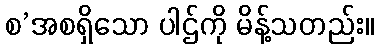
စ’အစရှိသော ပါဌ်ကို မိန့်သတည်း။